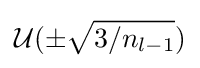
{\mathcal {U}}(\pm {\sqrt {3/n_{l-1}}})